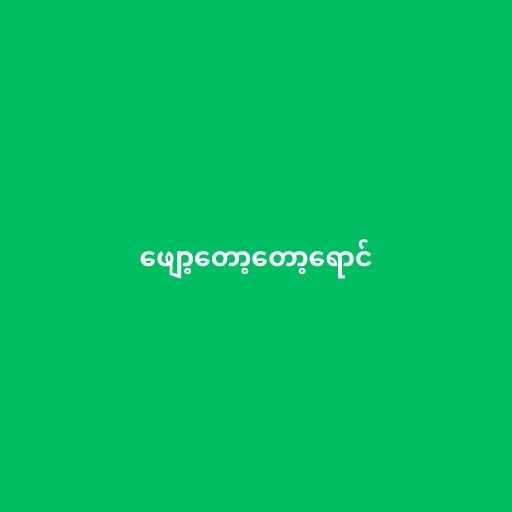
ဖျော့တော့တော့ရောင်